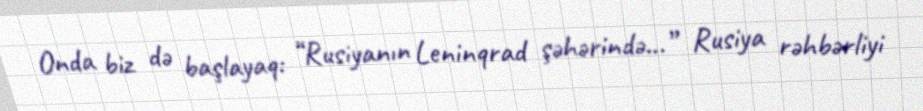
Onda biz də başlayaq: “Rusiyanın Leninqrad şəhərində...” Rusiya rəhbərliyi